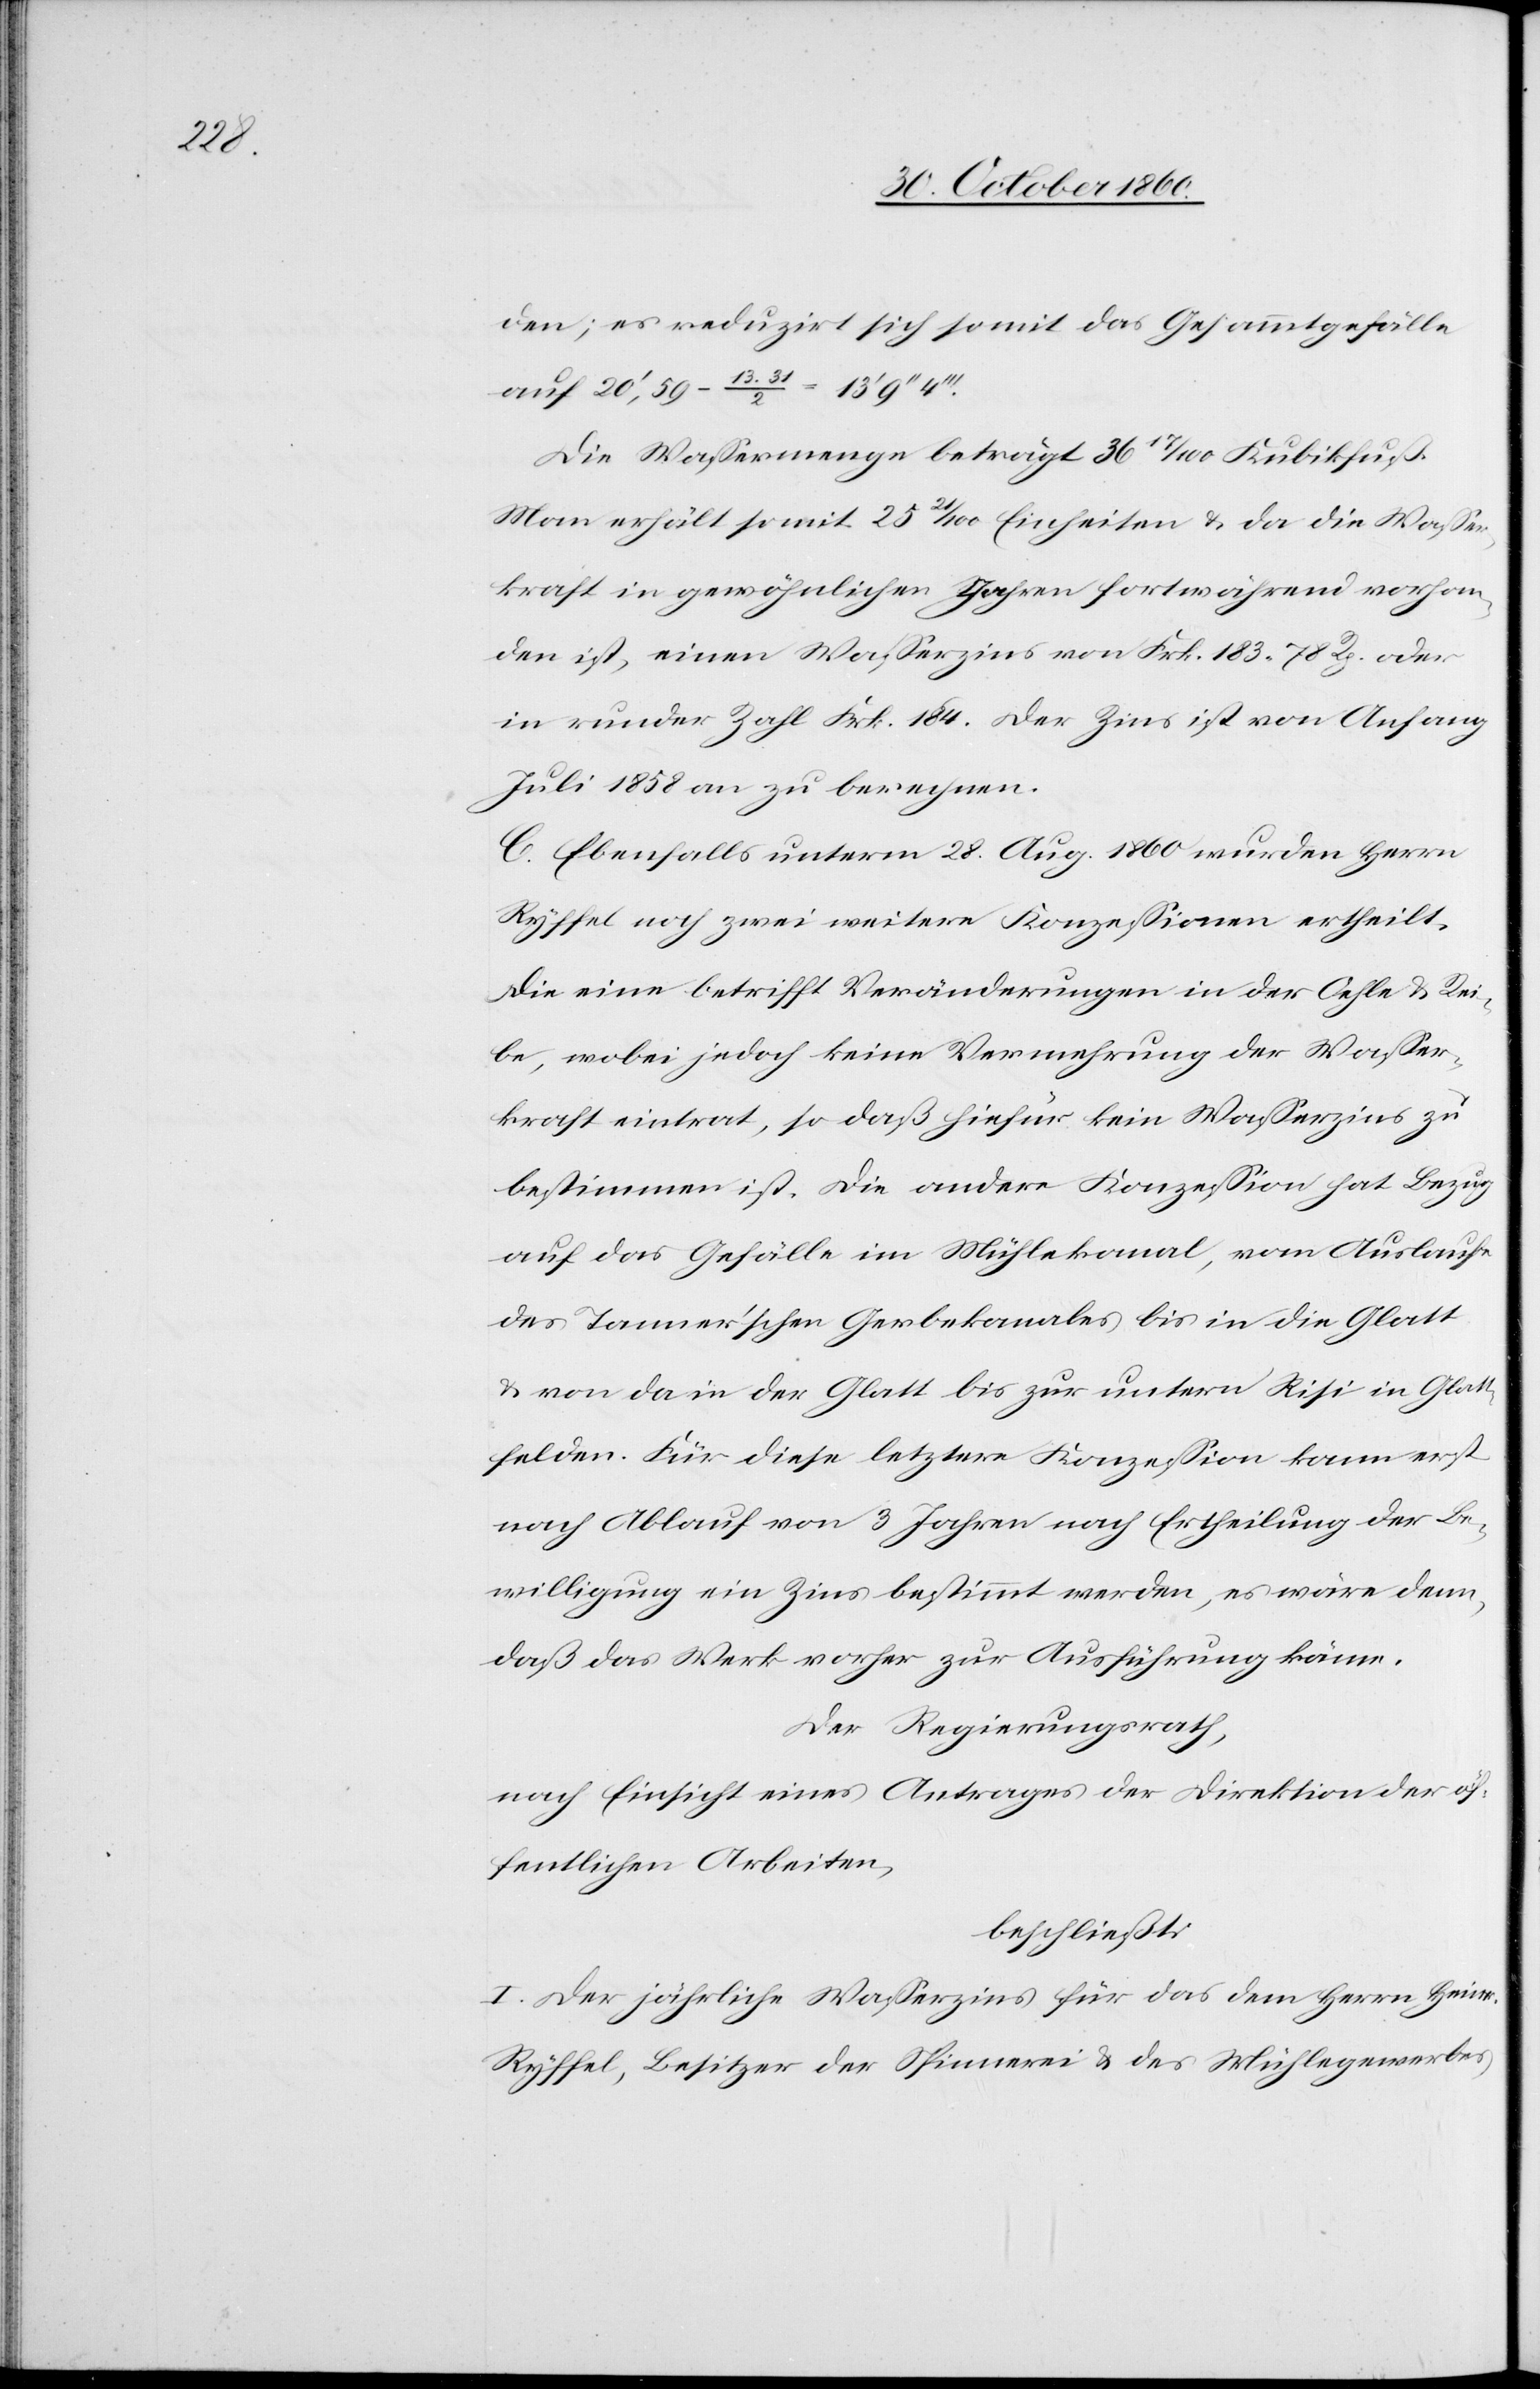
den; es reduzirt sich somit das Gesammtgefälle
auf 20’,59 – 13.31/2
Die Wassermenge beträgt 13 17/100 Kubikfuß.
Man erhält somit 25 21/100 Einheiten u. da die Wasser¬
kraft in gewöhnlichen Jahren fortwährend vorhan¬
den ist, einen Wasserzins von Frk. 183 78 Rp. oder
in runder Zahl Frk. 184. Der Zins ist von Anfang
Juli 1858 an zu berechnen.
C. Ebenfalls unterm 28. Aug. 1860 wurden Herrn
Ryffel noch zwei weitere Konzessionen ertheilt.
Die eine betrifft Veränderungen in der Oehle u. Rei¬
be, wobei jedoch keine Vermehrung der Wasser¬
kraft eintrat, so daß hiefür kein Wasserzins zu
bestimmen ist. Die andere Konzession hat Bezug
auf das Gefälle im Mühlekanal, vom Auslaufe
des Tanner’schen Gerbekanales bis in die Glatt
u. von da in der Glatt bis zur untern Risi in Glat¬
tfelden. Für diese letztere Konzession kann erst
nach Ablauf von 3 Jahren nach Ertheilung der Be¬
willigung ein Zins bestimmt werden, es wäre denn,
daß das Werk vorher zur Ausführung käme.
Der Regierungsrath,
nach Einsicht eines Antrages der Direktion der öf¬
fentlichen Arbeiten,
beschließt:
I. Der jährliche Wasserzins für das dem Herrn Heinr.
Ryffel, Besitzer der Spinnerei u. des Mühlegewerbes